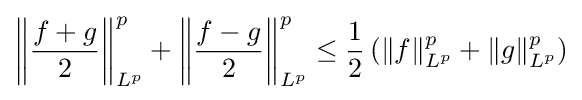
\left\|{\frac {f+g}{2}}\right\|_{L^{p}}^{p}+\left\|{\frac {f-g}{2}}\right\|_{L^{p}}^{p}\leq {\frac {1}{2}}\left(\|f\|_{L^{p}}^{p}+\|g\|_{L^{p}}^{p}\right)